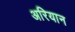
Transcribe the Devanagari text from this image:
अरियान